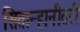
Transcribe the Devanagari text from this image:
सितान्हानीतरी